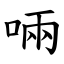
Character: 啢